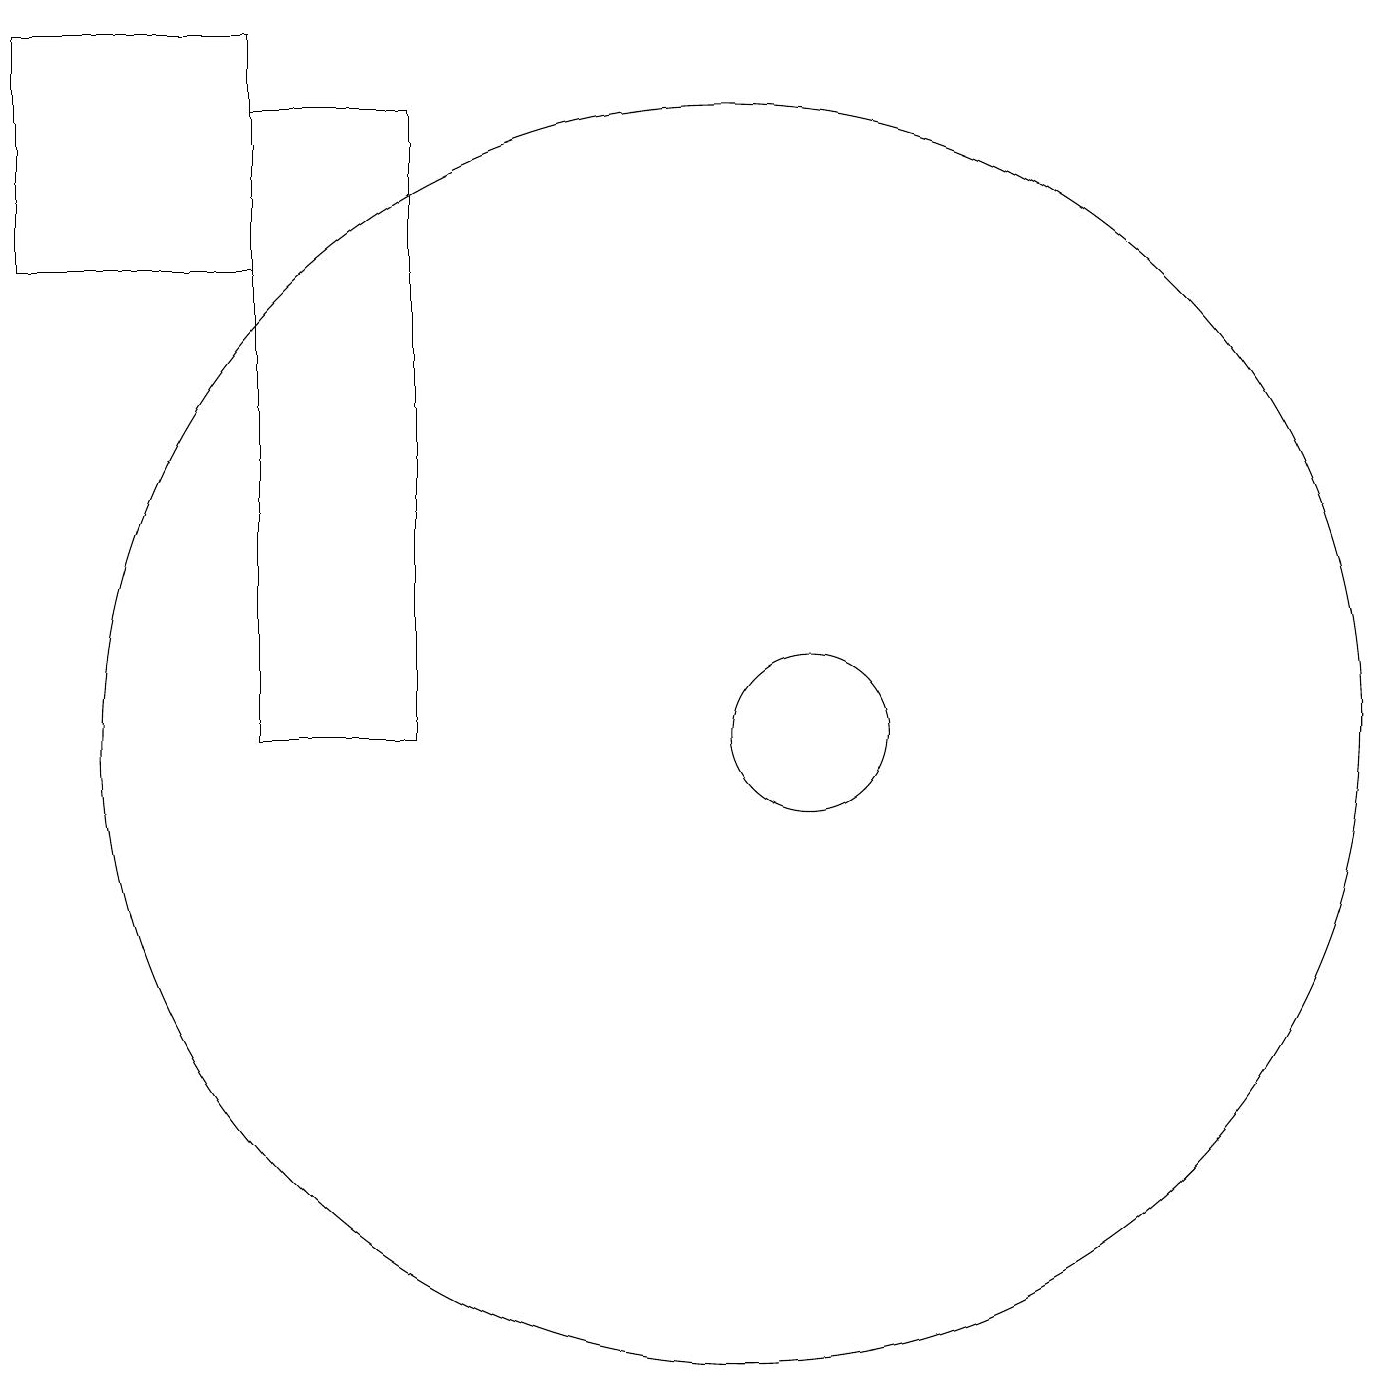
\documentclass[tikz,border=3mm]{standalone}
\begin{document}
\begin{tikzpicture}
\draw (6,18) rectangle (4,10);
\draw (4,19) rectangle (1,16);
\draw (10,10) circle (8);
\draw (11,10) circle (1);
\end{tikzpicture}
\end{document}